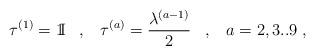
LaTeX: \begin{align*}\tau^{(1)} = \mbox{1\hspace{-1.1mm}I} \; \; \; , \; \;\; \tau^{(a)} = \frac{\lambda^{(a-1)}}{2} \; \; \; , \; \; \; a = 2,3..9 \; ,\end{align*}